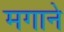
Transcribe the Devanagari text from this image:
मगाने